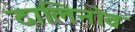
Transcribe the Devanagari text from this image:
दालिनोव